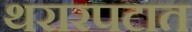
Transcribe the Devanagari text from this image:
थरारपटात